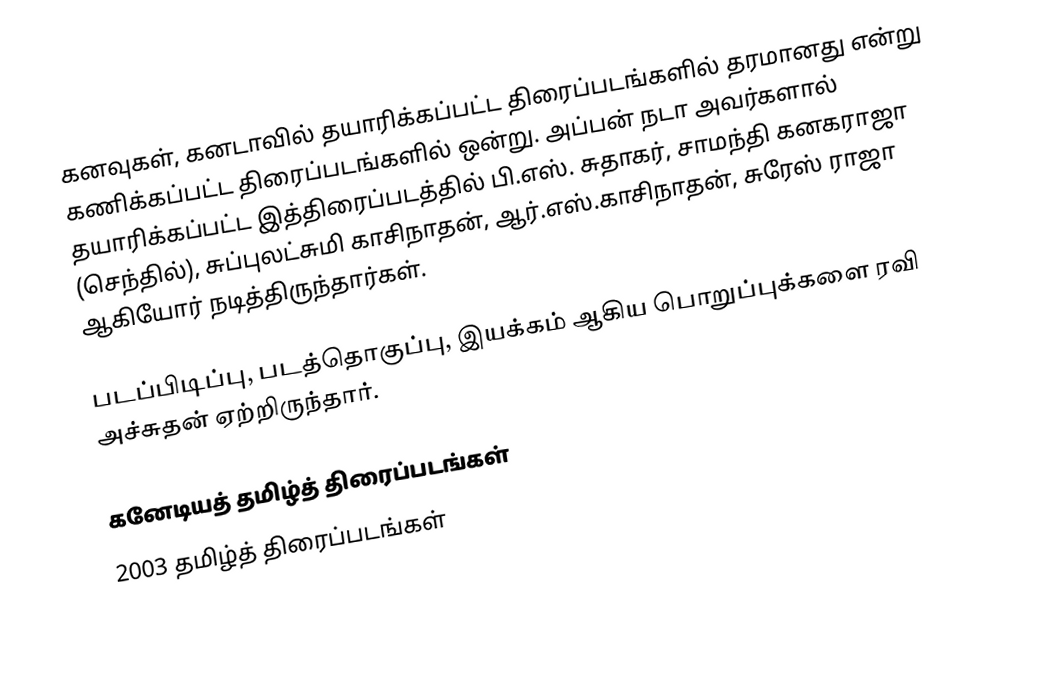
கனவுகள், கனடாவில் தயாரிக்கப்பட்ட திரைப்படங்களில் தரமானது என்று கணிக்கப்பட்ட திரைப்படங்களில் ஒன்று. அப்பன் நடா அவர்களால் தயாரிக்கப்பட்ட இத்திரைப்படத்தில் பி.எஸ். சுதாகர், சாமந்தி கனகராஜா (செந்தில்), சுப்புலட்சுமி காசிநாதன், ஆர்.எஸ்.காசிநாதன், சுரேஸ் ராஜா ஆகியோர் நடித்திருந்தார்கள்.

படப்பிடிப்பு, படத்தொகுப்பு, இயக்கம் ஆகிய பொறுப்புக்களை ரவி அச்சுதன் ஏற்றிருந்தார்.

கனேடியத் தமிழ்த் திரைப்படங்கள்
2003 தமிழ்த் திரைப்படங்கள்